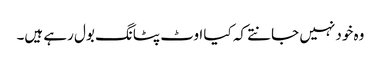
وہ خود نہیں جانتے کہ کیا اوٹ پٹانگ بول رہے ہیں۔